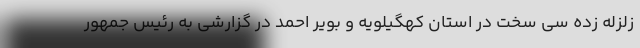
زلزله زده سی سخت در استان کهگیلویه و بویر احمد در گزارشی به رئیس جمهور